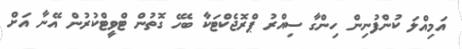
އަމިއްލަ ކުންފުނިން ހިންގާ ސިއްރު ޕްރޮޖެކްޓަކާ ބެހޭ ގޮތުން ޓްވީޓްކުރުން އޭނާ އަށް